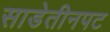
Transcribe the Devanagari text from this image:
साडेतीनपट